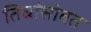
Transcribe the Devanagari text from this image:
तिघांसोबत